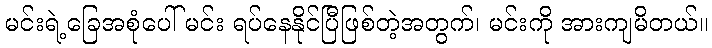
မင်းရဲ့ခြေအစုံပေါ် မင်း ရပ်နေနိုင်ပြီဖြစ်တဲ့အတွက်၊ မင်းကို အားကျမိတယ်။